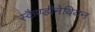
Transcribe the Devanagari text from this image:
स्कैण्डीनेवियन